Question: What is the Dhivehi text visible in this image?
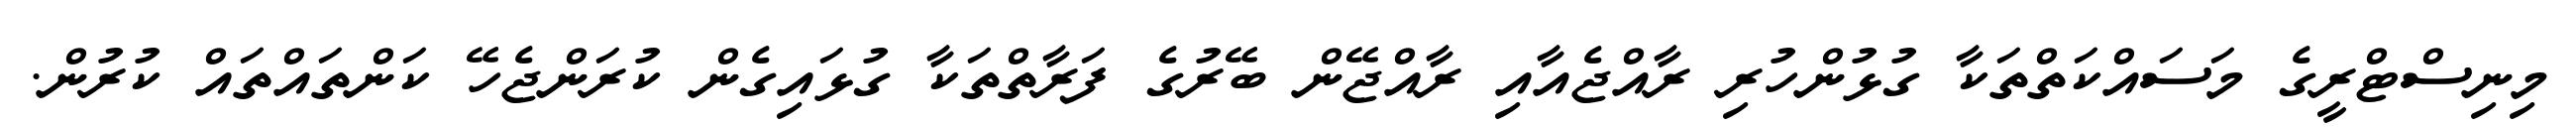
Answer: މިނިސްޓްރީގެ މަސައްކަތްތަކާ ގުޅުންހުރި ރާއްޖެއާއި ރާއްޖޭން ބޭރުގެ ފަރާތްތަކާ ގުޅައިގެން ކުރަންޖެހޭ ކަންތައްތައް ކުރުން.